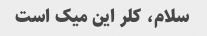
سلام، کلر این میک است